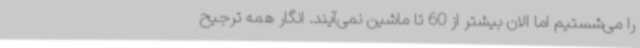
را می‌شستیم اما الان بیشتر از 60 تا ماشین نمی‌آیند. انگار همه ترجیح